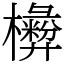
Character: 𣟗